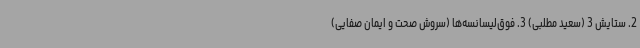
2. ستایش 3 (سعید مطلبی) 3. فوق‌لیسانسه‌ها (سروش صحت و ایمان صفایی)